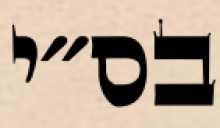
בס״י